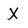
Character: X